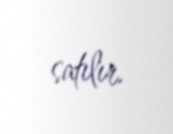
satılır.